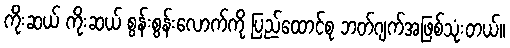
ကိုးဆယ် ကိုးဆယ် စွန်းစွန်းလောက်ကို ပြည်ထောင်စု ဘတ်ဂျက်အဖြစ်သုံးတယ်။